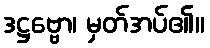
ဒဋ္ဌဗ္ဗော၊ မှတ်အပ်၏။